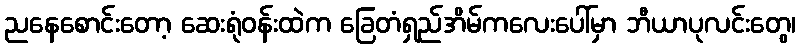
ညနေစောင်းတော့ ဆေးရုံဝန်းထဲက ခြေတံရှည်အိမ်ကလေးပေါ်မှာ ဘီယာပုလင်းတွေ၊